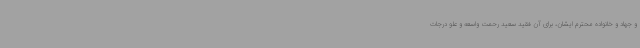
و جهاد و خانواده محترم ایشان، برای آن فقید سعید رحمت واسعه و علو درجات